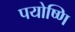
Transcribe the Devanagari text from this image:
पयोष्णि